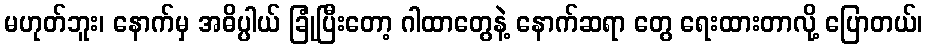
မဟုတ်ဘူး၊ နောက်မှ အဓိပ္ပါယ် ခြုံပြီးတော့ ဂါထာတွေနဲ့ နောက်ဆရာ တွေ ရေးထားတာလို့ ပြောတယ်၊